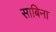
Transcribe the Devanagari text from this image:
साबिना